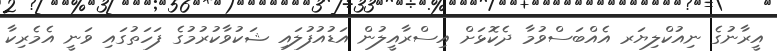
އީރާނުގެ ނިއުކްލިޔަރ އެއްބަސްވުމާ ދެކޮޅަށް އިސްރާއީލުން އަޑުއުފުލައި ޝަކުވާކުރުމުގެ ފަހަތުގައި ވަނީ އެމެރިކާ